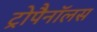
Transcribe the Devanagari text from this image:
ट्रोपैनॉलस